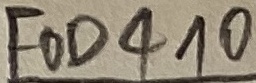
Text: FOD410